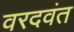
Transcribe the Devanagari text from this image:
वरदवंत